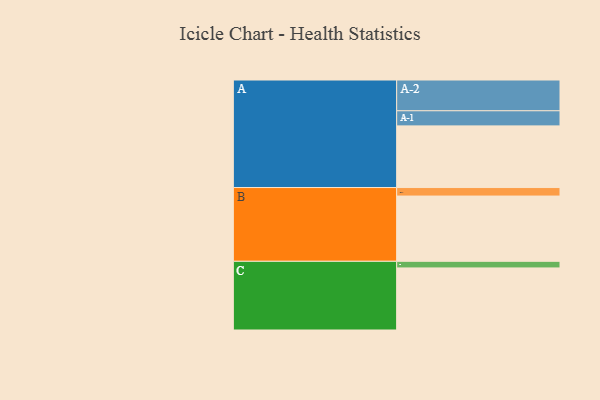
{"axis": {"x": "Segment", "y": "Value"}, "legend": ["", "A", "B", "C"], "data": [{"x": "A", "y": 465, "type": ""}, {"x": "B", "y": 492, "type": ""}, {"x": "C", "y": 468, "type": ""}, {"x": "A-1", "y": 114, "type": "A"}, {"x": "A-2", "y": 232, "type": "A"}, {"x": "B-1", "y": 64, "type": "B"}, {"x": "C-1", "y": 50, "type": "C"}]}